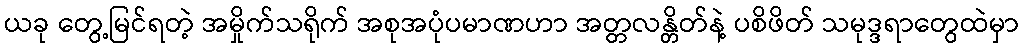
ယခု တွေ့မြင်ရတဲ့ အမှိုက်သရိုက် အစုအပုံပမာဏဟာ အတ္တလန္တိတ်နဲ့ ပစိဖိတ် သမုဒ္ဒရာတွေထဲမှာ